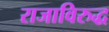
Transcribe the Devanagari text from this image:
राजाविरुद्ध